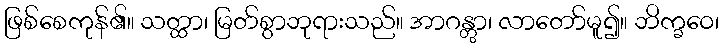
ဖြစ်စေကုန်၏။ သတ္ထာ၊ မြတ်စွာဘုရားသည်။ အာဂန္တွာ၊ လာတော်မူ၍။ ဘိက္ခဝေ၊